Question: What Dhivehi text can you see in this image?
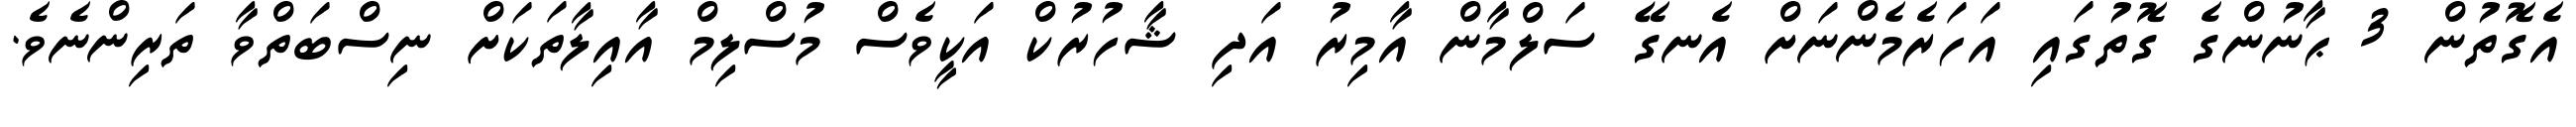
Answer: އެގޮތުން 3 ޙާނުންގެ ގޮތުގައި އަހަރެމެންނަށް އެނގޭ ސަލްމާން އާމިރު އަދި ޝާހުރުކް އަކީވެސް މުސްލިމް އާއިލާތަކަށް ނިސްބަތްވާ ތަރިންނެވެ.